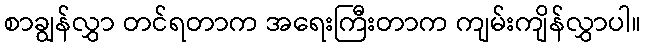
စာချွန်လွှာ တင်ရတာက အရေးကြီးတာက ကျမ်းကျိန်လွှာပါ။